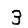
Digit: 3